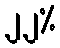
၂၂%